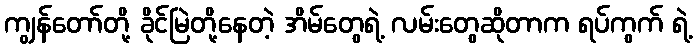
ကျွန်တော်တို့ ခိုင်မြဲတို့နေတဲ့ အိမ်တွေရဲ့ လမ်းတွေဆိုတာက ရပ်ကွက် ရဲ့